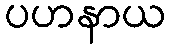
ပဟနာယ